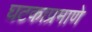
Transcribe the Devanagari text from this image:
घटकाप्रमाणे